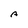
Character: A